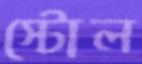
স্টোল